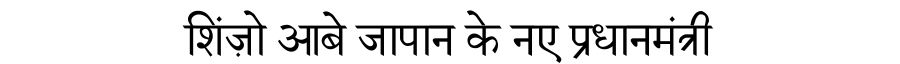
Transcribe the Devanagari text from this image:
शिंज़ो आबे जापान के नए प्रधानमंत्री